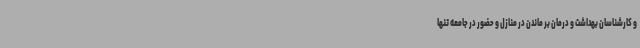
و کارشناسان بهداشت و درمان بر ماندن در منازل و حضور در جامعه تنها